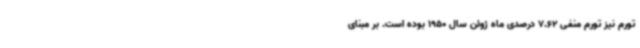
تورم نیز تورم منفی 7.62 درصدی ماه ژوئن سال 1950 بوده است. بر مبنای